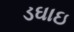
ડઘાઇ